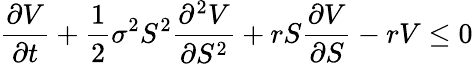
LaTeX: {\frac{\partial V}{\partial t}}+{\frac{1}{2}}\sigma^{2}S^{2}{\frac{\partial^{2}V}{\partial S^{2}}}+rS{\frac{\partial V}{\partial S}}-rV\leq 0